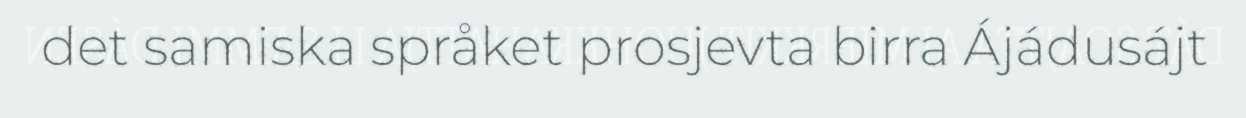
det samiska språket prosjevta birra Ájádusájt